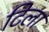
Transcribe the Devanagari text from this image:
टिला